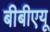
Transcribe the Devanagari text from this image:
बीबीएयू